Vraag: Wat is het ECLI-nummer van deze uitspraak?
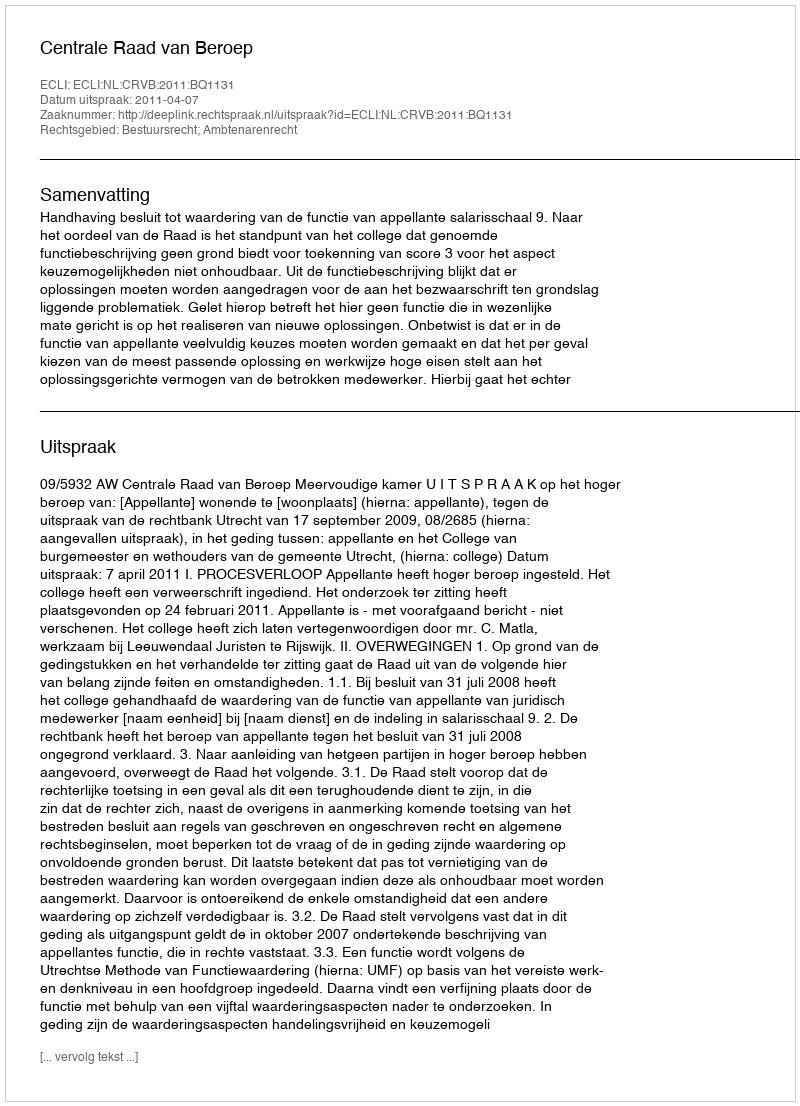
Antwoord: ECLI:NL:CRVB:2011:BQ1131